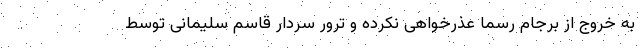
به خروج از برجام رسما عذرخواهی نکرده و ترور سردار قاسم سلیمانی توسط